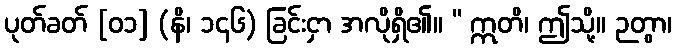
ပုတ်ခတ် [၀၁] (နိ၊ ၁၄၆) ခြင်းငှာ အလိုရှိ၏။ “ ဣတိ၊ ဤသို့။ ဉတွာ၊